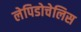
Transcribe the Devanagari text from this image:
लेपिडोचेलिस